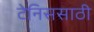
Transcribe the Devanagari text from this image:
टेनिससाठी